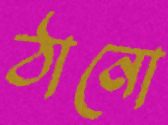
ঠানো